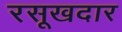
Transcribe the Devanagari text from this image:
रसूखदार